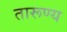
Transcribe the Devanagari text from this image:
तारूण्य